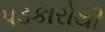
પડકારોથી